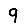
Digit: 9